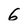
Character: 6